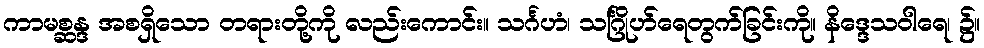
ကာမစ္ဆန္ဒ အစရှိသော တရားတို့ကို လည်းကောင်း။ သင်္ဂဟံ၊ သင်္ဂြိုဟ်ရေတွက်ခြင်းကို။ နိဒ္ဒေသဝါရေ၊ ၌။